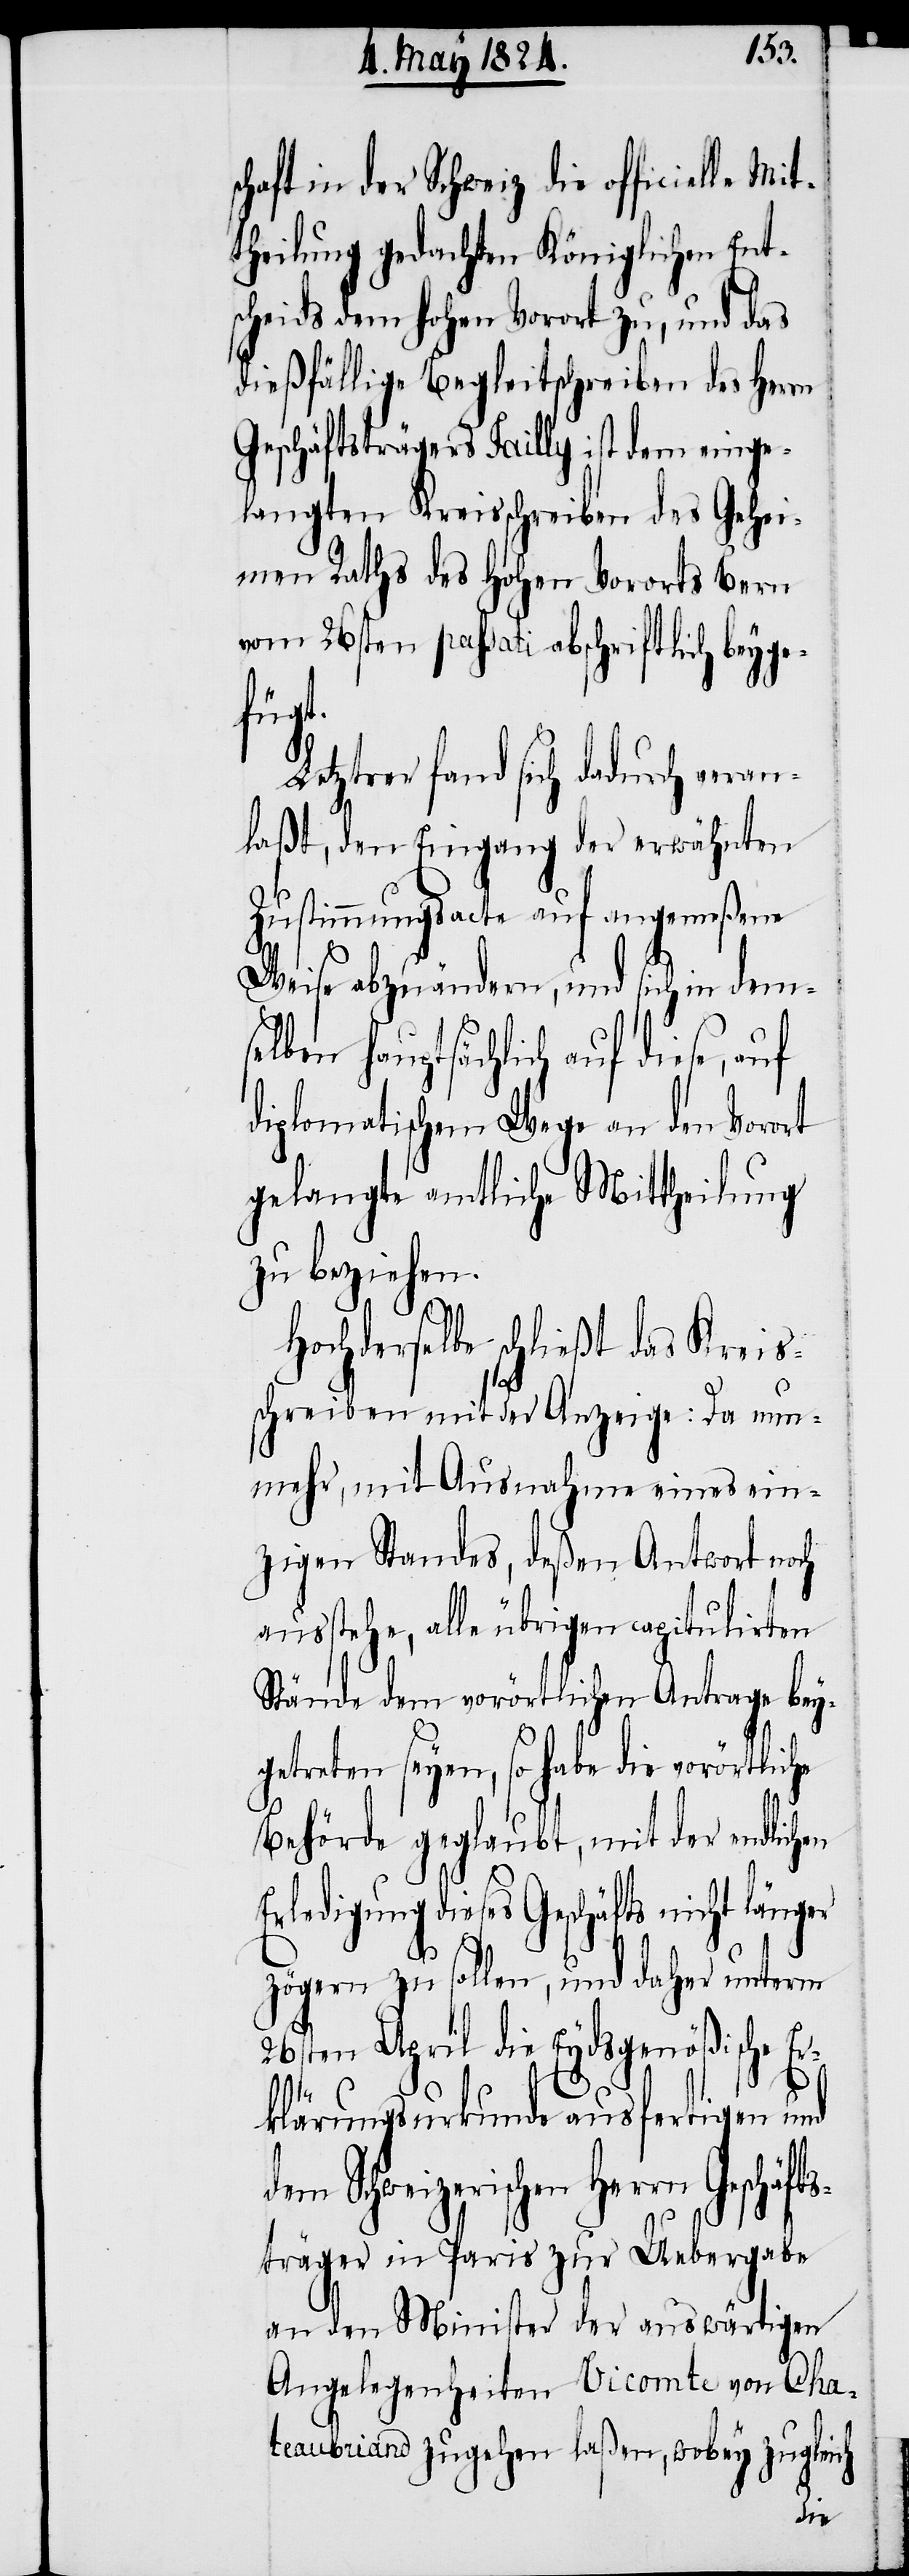
chaft in der Schweiz die officielle
theilung gedachten Königlichen Ents¬
cheids dem hohen Vorort zu, und das
dießfällige Begleitschreiben des Herrn
Geschäftsträgers Tailly ist dem einge¬
langten Kreisschreiben des Gehe¬
imen Raths des hohen Vororts Bern
vom 26sten passati abschriftlich beyge¬
fügt.
Letzterer fand sich dadurch veran¬
laßt, den Eingang der erwähnten
Zustimmungsacte auf angemeßene
Weise abzuändern, und sich in dems¬
elben hauptsächlich auf diese, auf
diplomatische Wege an den Vorort
gelangte amtliche Mittheilung
zu beziehen.
Hochderselbe schließt das Kreis¬
schreiben mit der Anzeige: Da nun¬
mehr, mit Ausnahme eines ein¬
zigen Standes, deßen Antwort noch
ausstehe, alle übrigen capitulirten
Stände dem vorörtlichen Antrage bey¬
getreten seyen, so habe die vorörtliche
Behörde geglaubt, mit der endlichen
Erledigung dieses Geschäfts nicht län¬
zögern zu sollen, und daher unterm
26sten April die Eydsgenößische Er¬
Mit¬
klärungsurkunde ausfertigen und
en Herrn Geschäfts¬
träger in Paris zur Uebergabe
an den Minister der auswärtigen
Angelegenheiten Vicomte von Cha¬
teaubriand zugehen laßen, wobey zugleich
ger